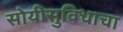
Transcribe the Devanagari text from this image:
सोयीसुविधाचा